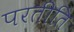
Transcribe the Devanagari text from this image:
परतीति